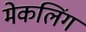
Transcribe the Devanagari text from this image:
मेकलिंग